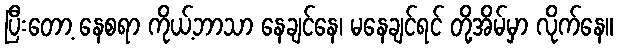
ပြီးတော့ နေစရာ ကိုယ့်ဘာသာ နေချင်နေ၊ မနေချင်ရင် တို့အိမ်မှာ လိုက်နေ။